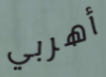
أهربي